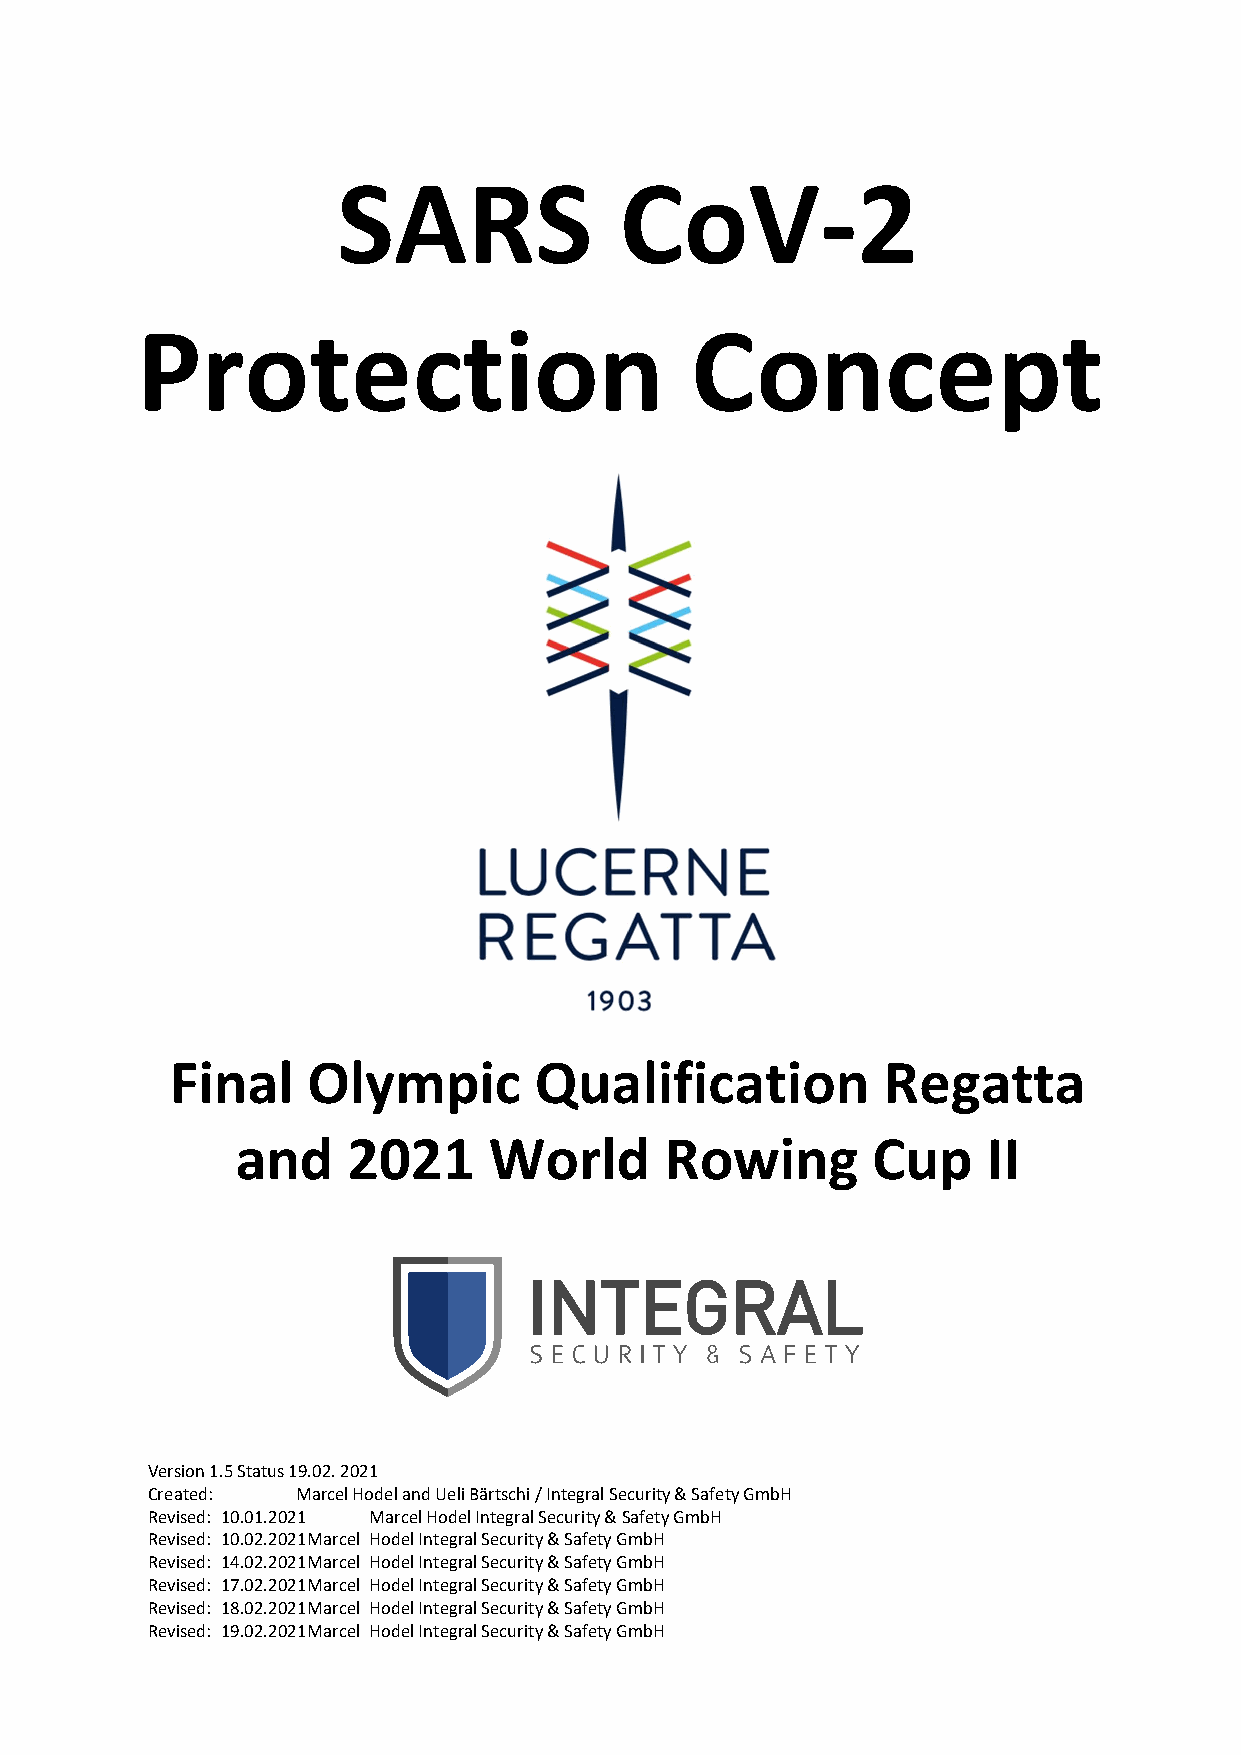
SARS               CoV-2
 Protection                           Concept
 Final    Olympic        Qualification          Regatta
 and    2021     World       Rowing        Cup    II
 Version 1.5 Status 19.02. 2021
 Created:  Marcel Hodel and Ueli Bärtschi / Integral Security & Safety GmbH
 Revised: 10.01.2021 Marcel Hodel Integral Security & Safety GmbH
 Revised: 10.02.2021Marcel Hodel Integral Security & Safety GmbH
 Revised: 14.02.2021Marcel Hodel Integral Security & Safety GmbH
 Revised: 17.02.2021Marcel Hodel Integral Security & Safety GmbH
 Revised: 18.02.2021Marcel Hodel Integral Security & Safety GmbH
 Revised: 19.02.2021Marcel Hodel Integral Security & Safety GmbH